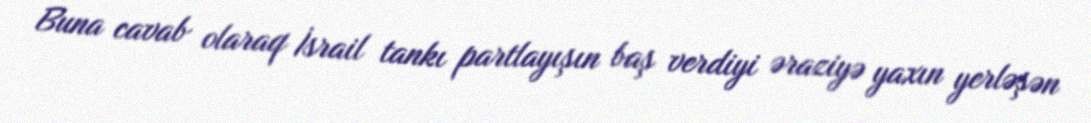
Buna cavab olaraq İsrail tankı partlayışın baş verdiyi əraziyə yaxın yerləşən